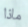
ماذا